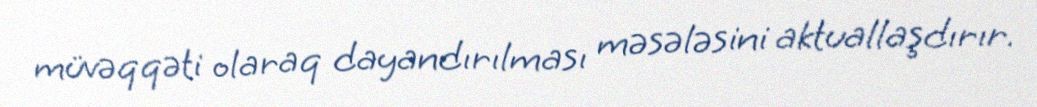
müvəqqəti olaraq dayandırılması məsələsini aktuallaşdırır.